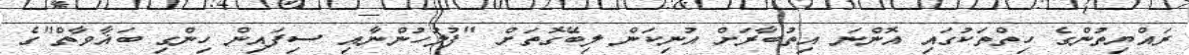
ރައްޔިތުންގެ ހިތްތަކުގައި އޮންނަ އިތުބާރަށް އުނިކަން ލިބޭގޮތަށް "ފުލުހުންނާއި ސިފައިން ހިންގި ބަޣާވާތް"ގެ